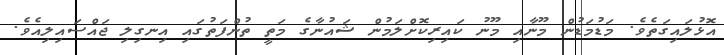
އޮޅުލައިގަތެވެ. މަޑުމަޑުން މޫނާއި މޫނު ކައިރިކޮށްލަމުން ޝައުނާގެ މަތީ ތުންފަތުގައި އިނގިލި ޖައްސައިލިއެވެ.